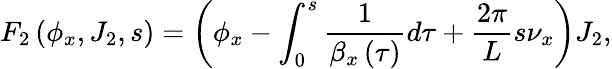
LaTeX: F_{2}\left(\phi_{x},J_{2},s\right)=\left(\phi_{x}-\int_{0}^{s}{\frac{1}{\beta_{x}\left(\tau\right)}d\tau}+\frac{2\pi}{L}s\nu_{x}\right)J_{2},